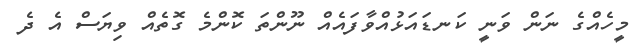
މީހެއްގެ ނަން ވަނީ ކަނޑައަޅުއްވާފައެއް ނޫންތަ ކޮންމެ ގޮތެއް ވިޔަސް އެ ދެ